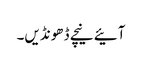
آئیے نیچے ڈھونڈیں۔